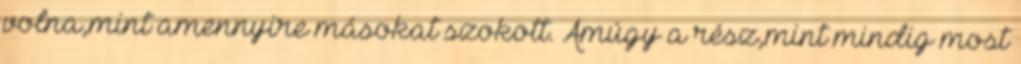
volna,mint amennyire másokat szokott. Amúgy a rész,mint mindig most